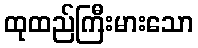
ထုထည်ကြီးမားသော